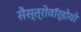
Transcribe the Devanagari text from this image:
सैस्त्रोवॉर्डोयो